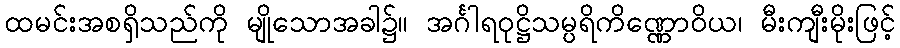
ထမင်းအစရှိသည်ကို မျိုသောအခါ၌။ အင်္ဂါရဝုဋ္ဌိသမ္ပရိကိဏ္ဏောဝိယ၊ မီးကျီးမိုးဖြင့်